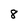
Character: 8